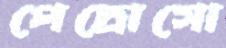
পেদ্রোসো